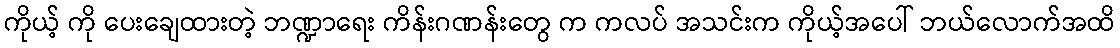
ကိုယ့် ကို ပေးချေထားတဲ့ ဘဏ္ဍာရေး ကိန်းဂဏန်းတွေ က ကလပ် အသင်းက ကိုယ့်အပေါ် ဘယ်လောက်အထိ